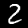
Digit: 2